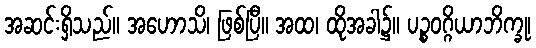
အဆင်းရှိသည်။ အဟောသိ၊ ဖြစ်ပြီ။ အထ၊ ထိုအခါ၌။ ပဉ္စဝဂ္ဂိယာဘိက္ခု၊